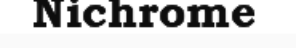
Nichrome